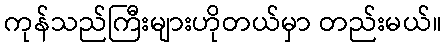
ကုန်သည်ကြီးများဟိုတယ်မှာ တည်းမယ်။